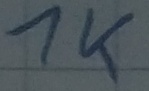
Text: 1K